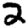
Digit: 2